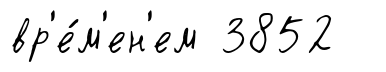
вр'е́м'ен'ем 3852